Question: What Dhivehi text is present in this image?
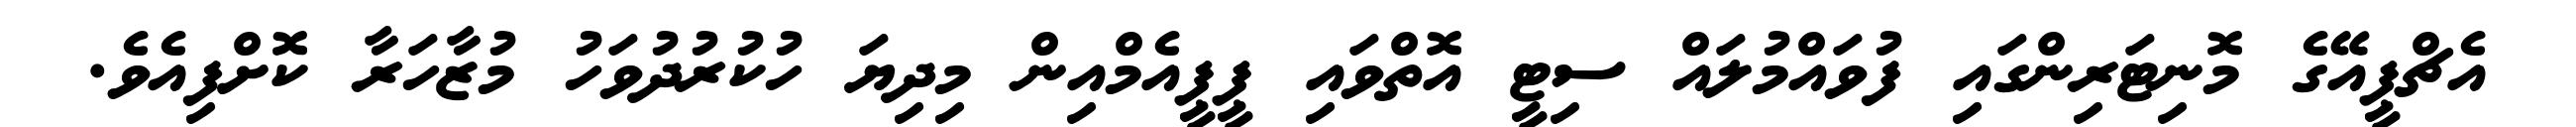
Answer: އެޗްޕީއޭގެ މޮނިޓަރިންގައި ފުވައްމުލައް ސިޓީ އޮތްވައި ޕީޕީއެމްއިން މިދިޔަ ހުކުރުދުވަހު މުޒާހަރާ ކޮށްފިއެވެ.